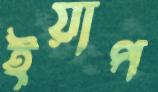
ইয়াপ